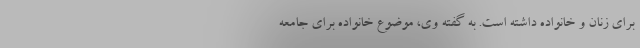
برای زنان و خانواده داشته است. به گفته وی، موضوع خانواده برای جامعه